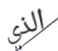
الذي